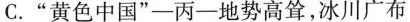
C.”黄色中国”——丙——地势高耸，冰川广布